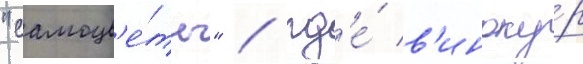
"самоцв'е́ты" / гд'е́ в'иноку́р